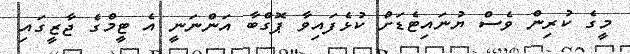
މީގެ ކުރިން ވެސް ޔުނައިޓެޑަށް ކުޅެފައިވާ ޕޮގްބާ އަންނަނީ އެ ޓީމްގެ ޖާޒީގައި